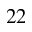
^ Ḋ 2 2 Ḍ